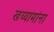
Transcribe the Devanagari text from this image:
खय्यामांना